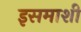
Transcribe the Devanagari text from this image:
इसमाशी